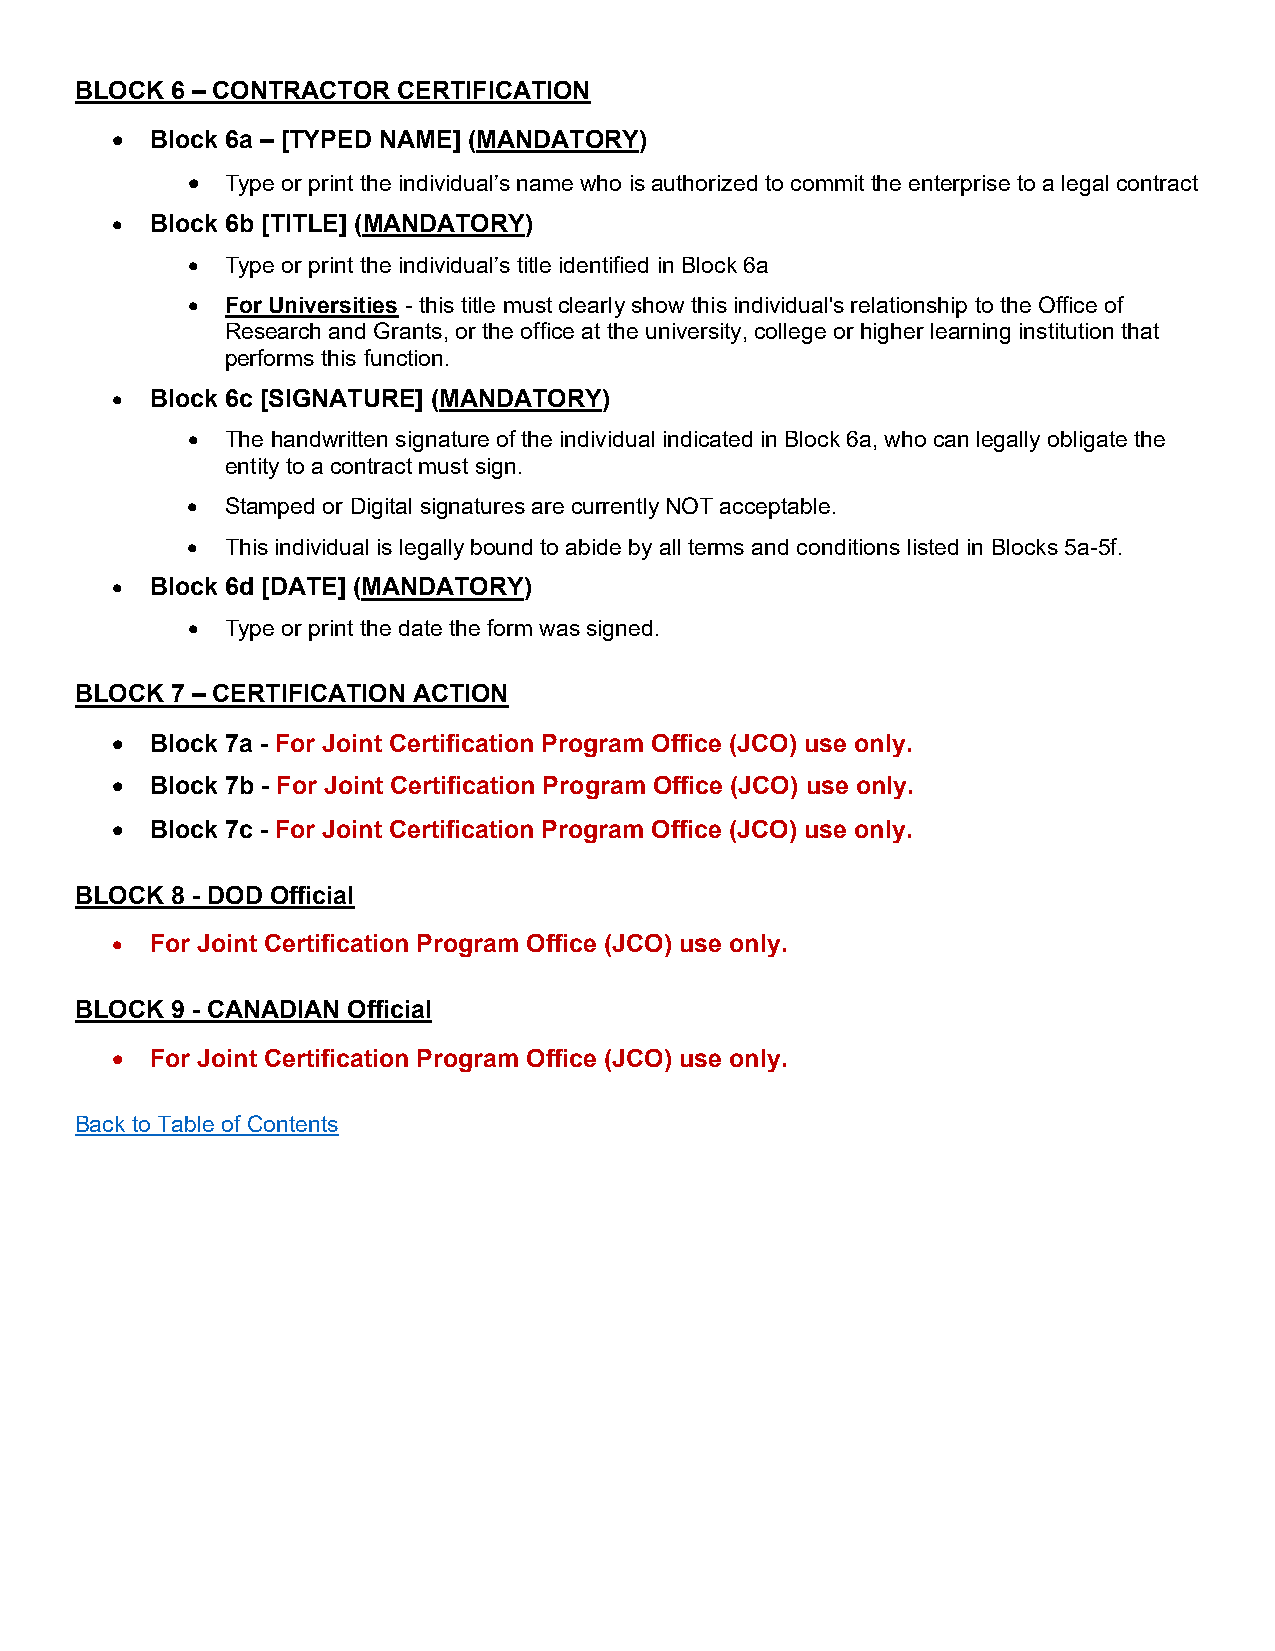
BLOCK 6 – CONTRACTOR CERTIFICATION
 •  Block 6a – [TYPED NAME] (MANDATORY)
 •  Type or print the individual’s name who is authorized to commit the enterprise to a legal contract
 •  Block 6b [TITLE] (MANDATORY)
 •  Type or print the individual’s title identified in Block 6a
 •  For Universities - this title must clearly show this individual's relationship to the Office of
 Research and Grants, or the office at the university, college or higher learning institution that
 performs this function.
 •  Block 6c [SIGNATURE] (MANDATORY)
 •  The handwritten signature of the individual indicated in Block 6a, who can legally obligate the
 entity to a contract must sign.
 •  Stamped or Digital signatures are currently NOT acceptable.
 •  This individual is legally bound to abide by all terms and conditions listed in Blocks 5a-5f.
 •  Block 6d [DATE] (MANDATORY)
 •  Type or print the date the form was signed.
 BLOCK 7 – CERTIFICATION ACTION
 •  Block 7a - For Joint Certification Program Office (JCO) use only.
 •  Block 7b - For Joint Certification Program Office (JCO) use only.
 •  Block 7c - For Joint Certification Program Office (JCO) use only.
 BLOCK 8 - DOD Official
 •  For Joint Certification Program Office (JCO) use only.
 BLOCK 9 - CANADIAN Official
 •  For Joint Certification Program Office (JCO) use only.
 Back to Table of Contents